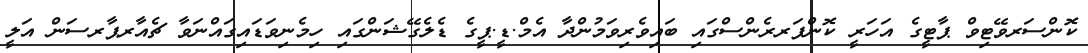
ކޮންސަރވޭޓިވް ޕާޓީގެ އަހަރީ ކޮންފަރރެންސްގައި ބައިވެރިވަމުންދާ އެމް.ޑީ.ޕީގެ ޑެލެގޭޝަންގައި ހިމެނިވަޑައިގައްނަވާ ޗެއާރޕާރސަން އަލީ